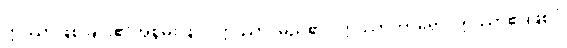
ဣဿာဖြစ်ခြင်း၏အစွမ်းဖြင့်။ ဣဿာ၊ မည်၏။ ဣဿာကာရော၊ ဣဿာ၏ဖြစ်ပုံ